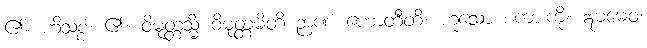
၏။ ဟိသစ္စံ၊ ၏။ ဝိမုတ္တသ္မိံ ဝိမုတ္တမိတိ ဉာဏံ ဟောတီတိ၊ ဟူသော စကားကို။ ဣဓမေဝ၊